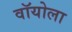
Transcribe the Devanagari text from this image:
वॉयोला